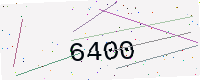
Text: 6400